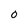
Character: 0